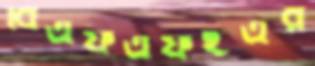
বিএফএফইএর